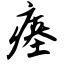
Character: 瘗